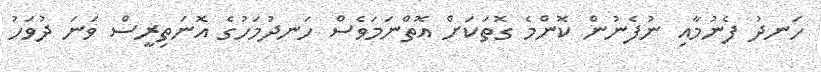
ހަނދު ފެނުމާއި ނުފެނުން ކޮންމެ ގޮތަކަށް އޮތްނަމަވެސް ހަނދުމަހުގެ އޮނަތިރީސް ވަނަ ދުވަހު